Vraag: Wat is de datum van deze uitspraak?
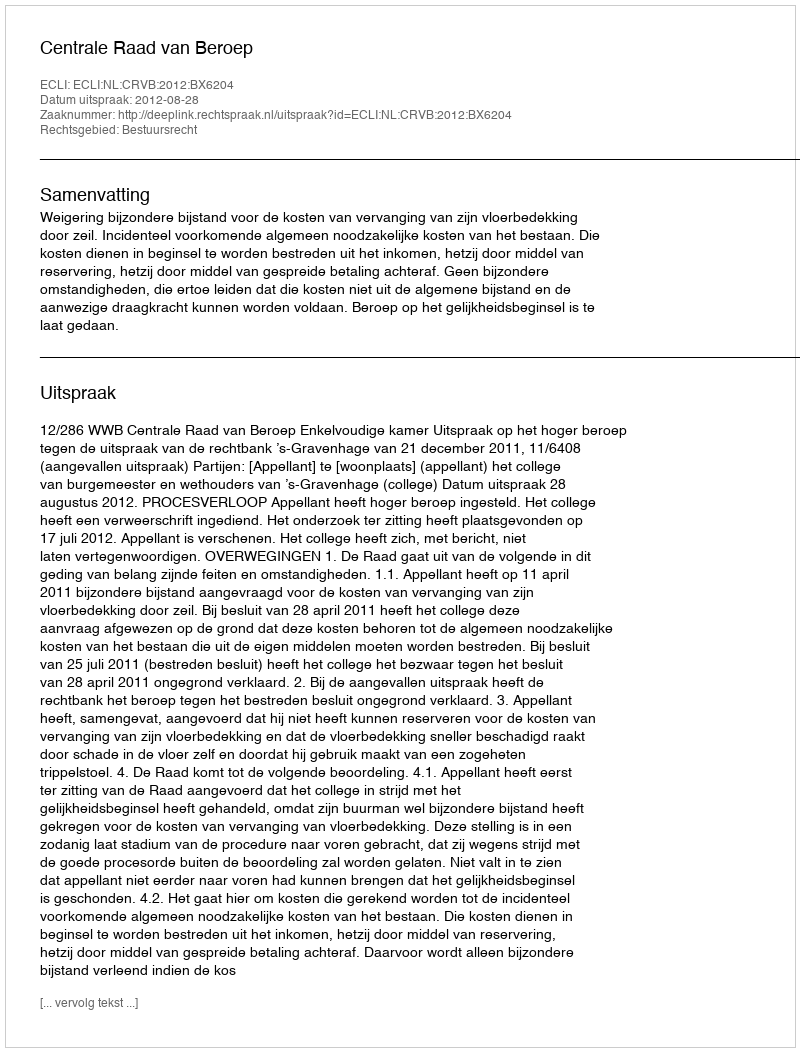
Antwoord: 2012-08-28